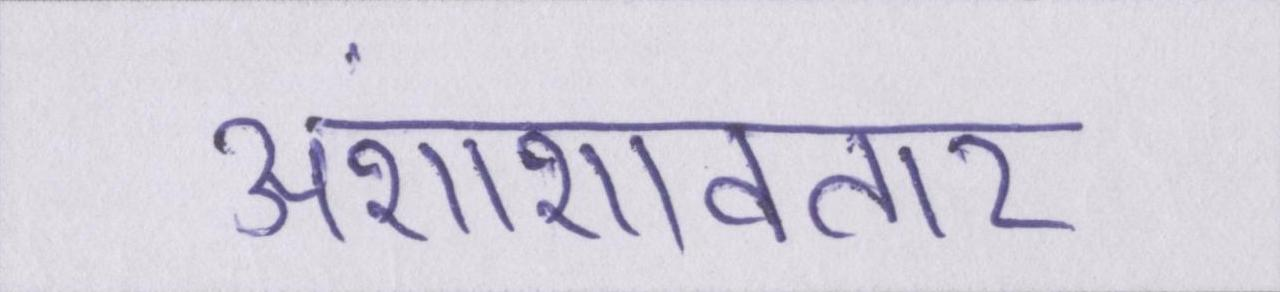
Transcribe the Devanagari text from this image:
अंशांशावतार